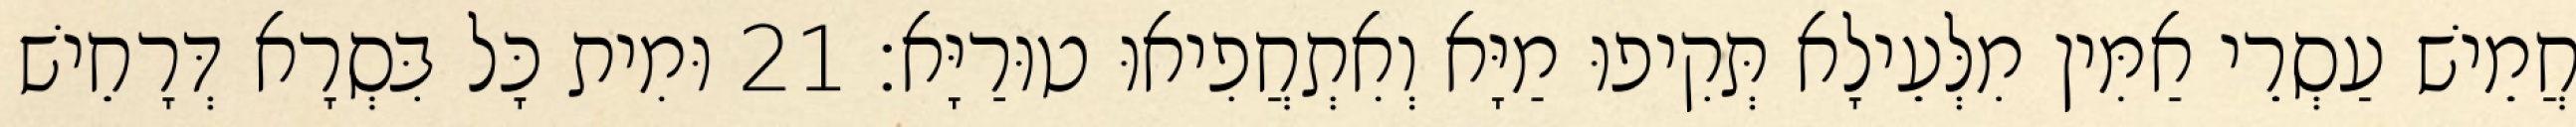
חֲמֵישׁ עַסְרֵי אַמִּין מִלְּעֵילָא תְּקִיפוּ מַיָּא וְאִתְחֲפִיאוּ טוּרַיָּא׃ 21 וּמִית כָּל בִּסְרָא דְּרָחֵישׁ